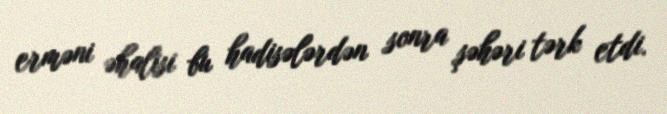
erməni əhalisi bu hadisələrdən sonra şəhəri tərk etdi.